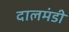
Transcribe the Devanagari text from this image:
दालमंडी